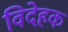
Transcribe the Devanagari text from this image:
विदेहक